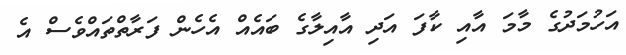
އަހުމަދުގެ މާމަ އާއި ކާފަ އަދި އާއިލާގެ ބައެއް އެހެން ފަރާތްތައްވެސް އެ